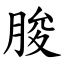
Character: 朘